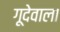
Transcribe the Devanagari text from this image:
गूदेवाला